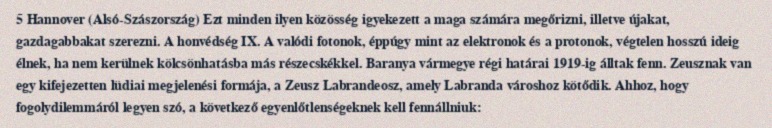
5 Hannover (Alsó-Szászország) Ezt minden ilyen közösség igyekezett a maga számára megőrizni, illetve újakat, gazdagabbakat szerezni. A honvédség IX. A valódi fotonok, éppúgy mint az elektronok és a protonok, végtelen hosszú ideig élnek, ha nem kerülnek kölcsönhatásba más részecskékkel. Baranya vármegye régi határai 1919-ig álltak fenn. Zeusznak van egy kifejezetten lüdiai megjelenési formája, a Zeusz Labrandeosz, amely Labranda városhoz kötődik. Ahhoz, hogy fogolydilemmáról legyen szó, a következő egyenlőtlenségeknek kell fennállniuk: